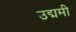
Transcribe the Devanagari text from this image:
उद्ममी